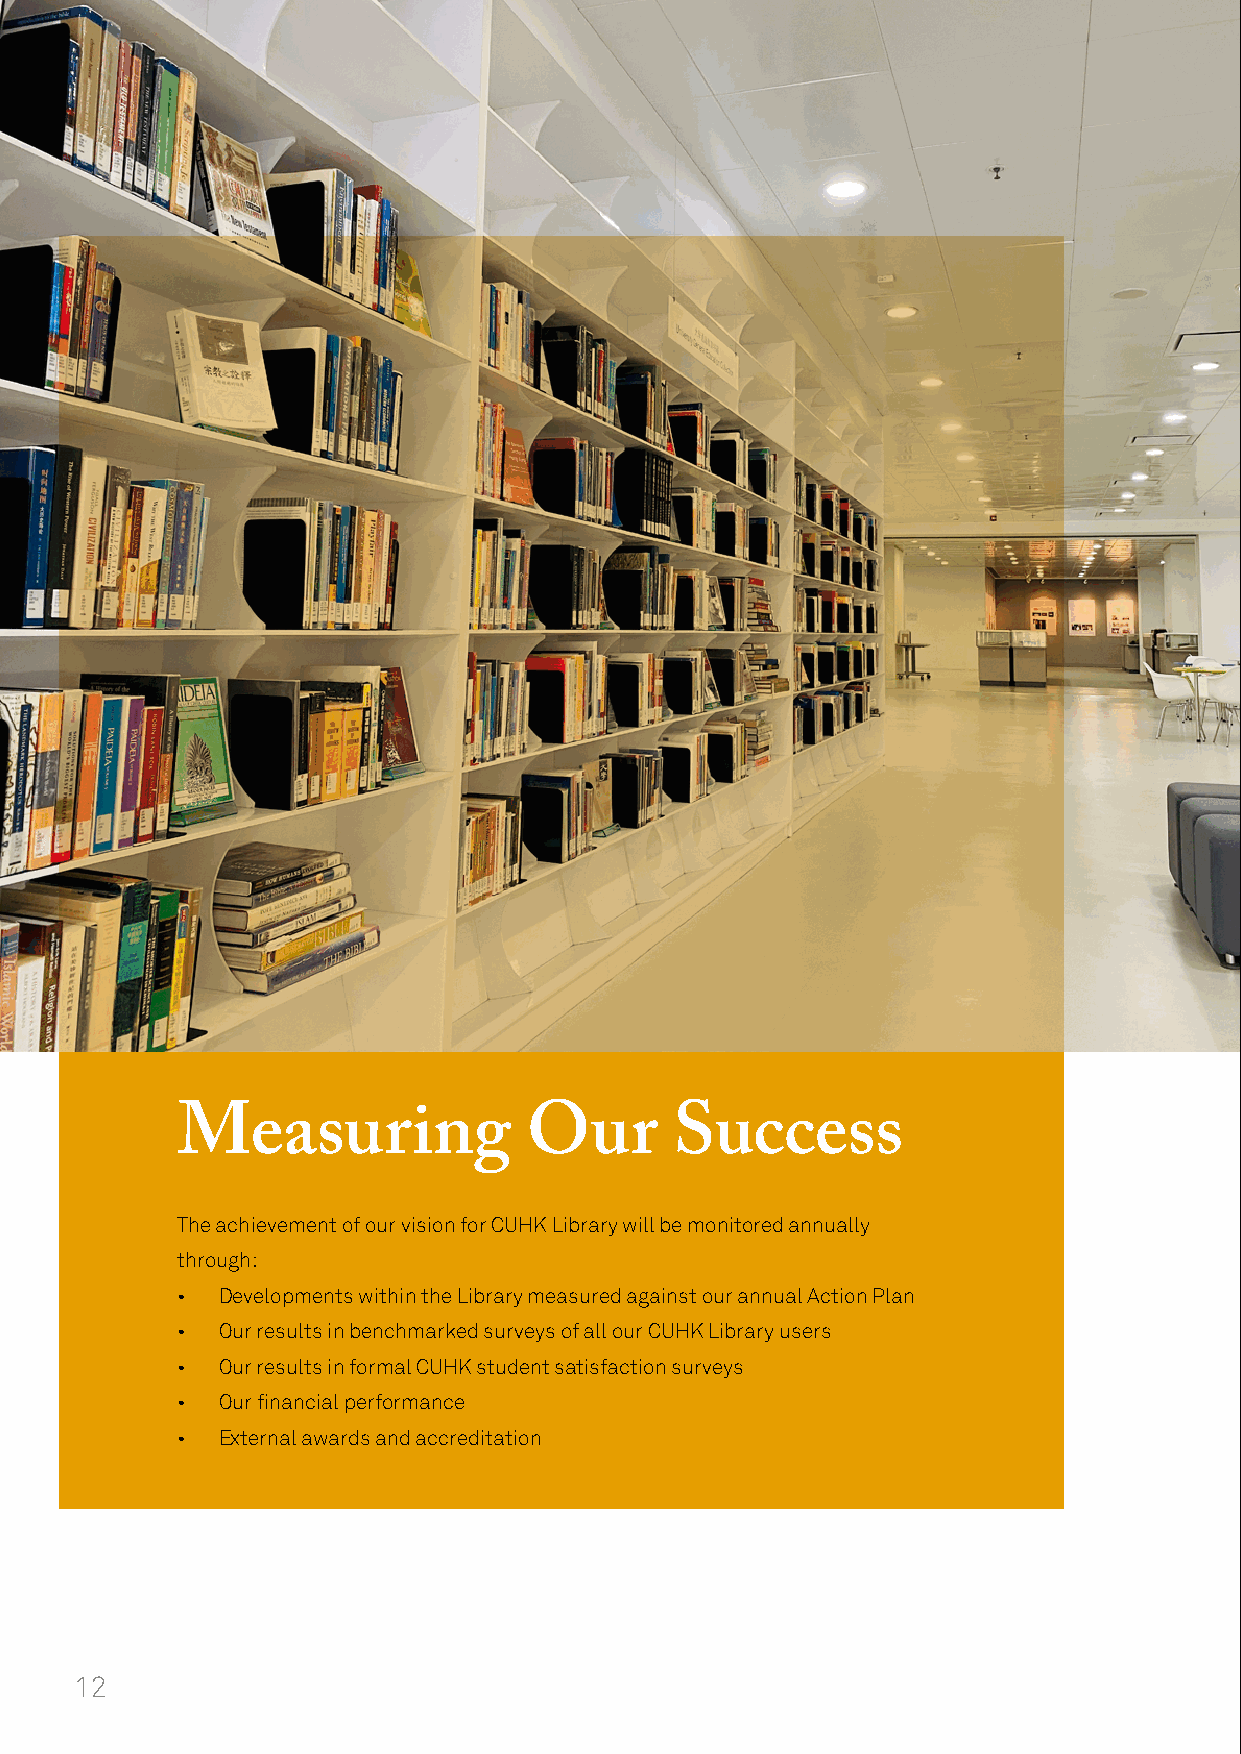
Measuring              Our       Success
 The achievement of our vision for CUHK Library will be monitored annually
 through:
 • Developments within the Library measured against our annual Action Plan
 • Our results in benchmarked surveys of all our CUHK Library users
 • Our results in formal CUHK student satisfaction surveys
 • Our financial performance
 • External awards and accreditation
 12